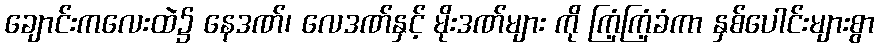
ချောင်းကလေးထဲ၌ နေဒဏ်၊ လေဒဏ်နှင့် မိုးဒဏ်များ ကို ကြံ့ကြံ့ခံကာ နှစ်ပေါင်းများစွာ